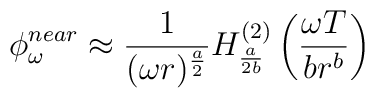
\phi_{\omega}^{near} \approx \frac{1}{(\omega r)^{\frac{a}{2}}} H_{\frac{a}{2 b}}^{(2)} \left( \frac{\omega T}{b r^b} \right)